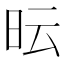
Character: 𭥓